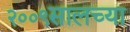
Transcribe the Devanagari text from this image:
२००९सालच्या